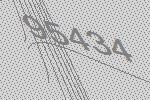
95434